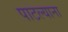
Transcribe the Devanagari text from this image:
पाटल्याना